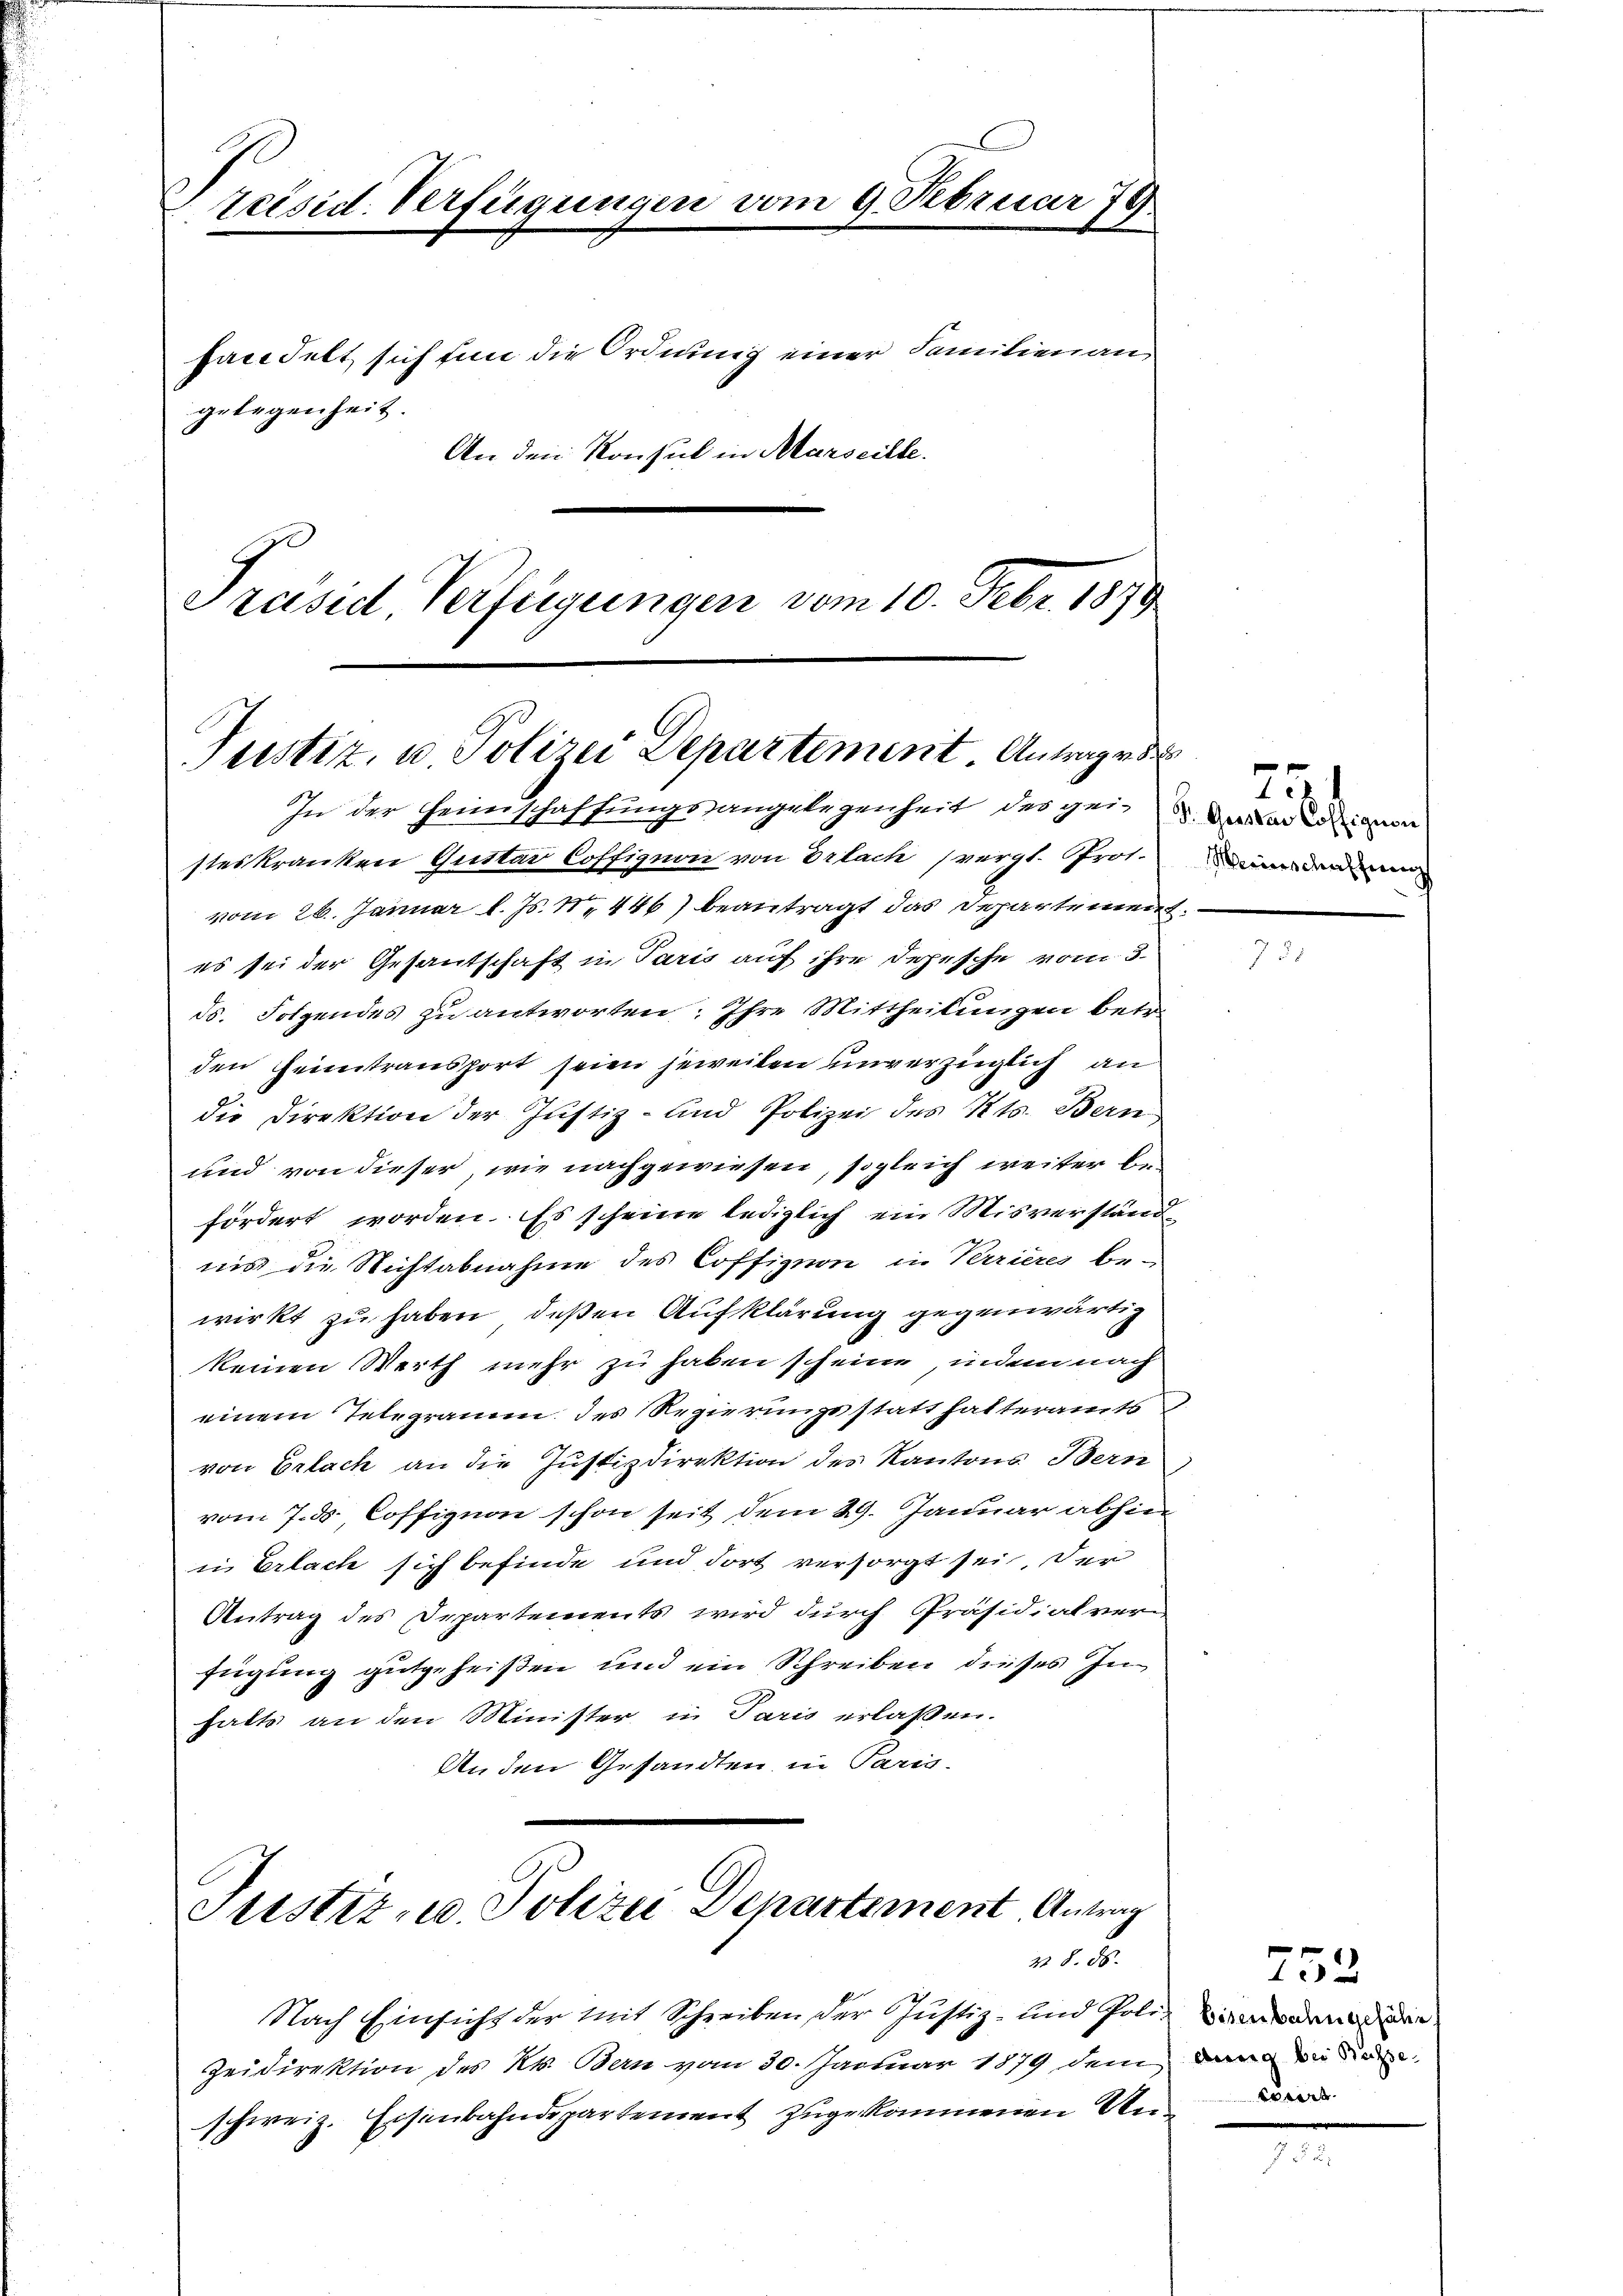
Présid. Verfügungen vom 9. Februar 79.

handelt sich fin die Ordnung einer Familienan
gelegenheit.
An den Konsul in Marseille.
Präsid, Verfügungen vom 10. Febr. 1870
Justiz, u. Polizei Departement Antrage de
In der Heimschaffungsangelegenheit des geinde einen

steskranken Guttar Coffignon von Erlach (vergl. Prof.
vom 26. Januar l. Js. N. 446) beantragt das Departement.
es sei der Gesantschaft in Paris auf ihre Depesche vom 3.
ds. Folgendes zu antworten. Ihre Mittheilungen betr.
den Heimtransport seien jeweilen unverzüglich an
die Direktion der Justiz- und Polizei des Kts. Bern
und von dieser, wie nachgewiesen, sogleich weiter befördert worden. Es scheine lediglich ein Misverständ
nis die Nichtabnahme des Coffignon in Verrieres be-
wirkt zu haben, deßen Aufklärung gegenwärtig
keinen Werth mehr zu haben scheine, indem nach
einem Telegramm des Regierungs statt hatteramts E
von Erlach an die Justizdirektion des Kantons Bern
vom 7. d. Coffizion schon seit dem 29. Januar abhin
in Erlach sich befinde und dort versorgt sei, der
Antrag des Departements wird durch Präsidialver-
fügung gutgeheißen und ein Schreiben dieses Inhalte an den Minister in Paris erlaßen.
An den Gesandten in Paris.

Justiz- u. Polizei Departement, Antrag
25.

Nach Einsicht der mit Schreiben der Justiz- und Polizierung der
Zeidirektion des Kt. Bern vom 30. Januar 1879 dem dann die diese
schweiz. Eisenbahndepartement zugekommenen Un¬

251
Weinschaffung

752
korirt.